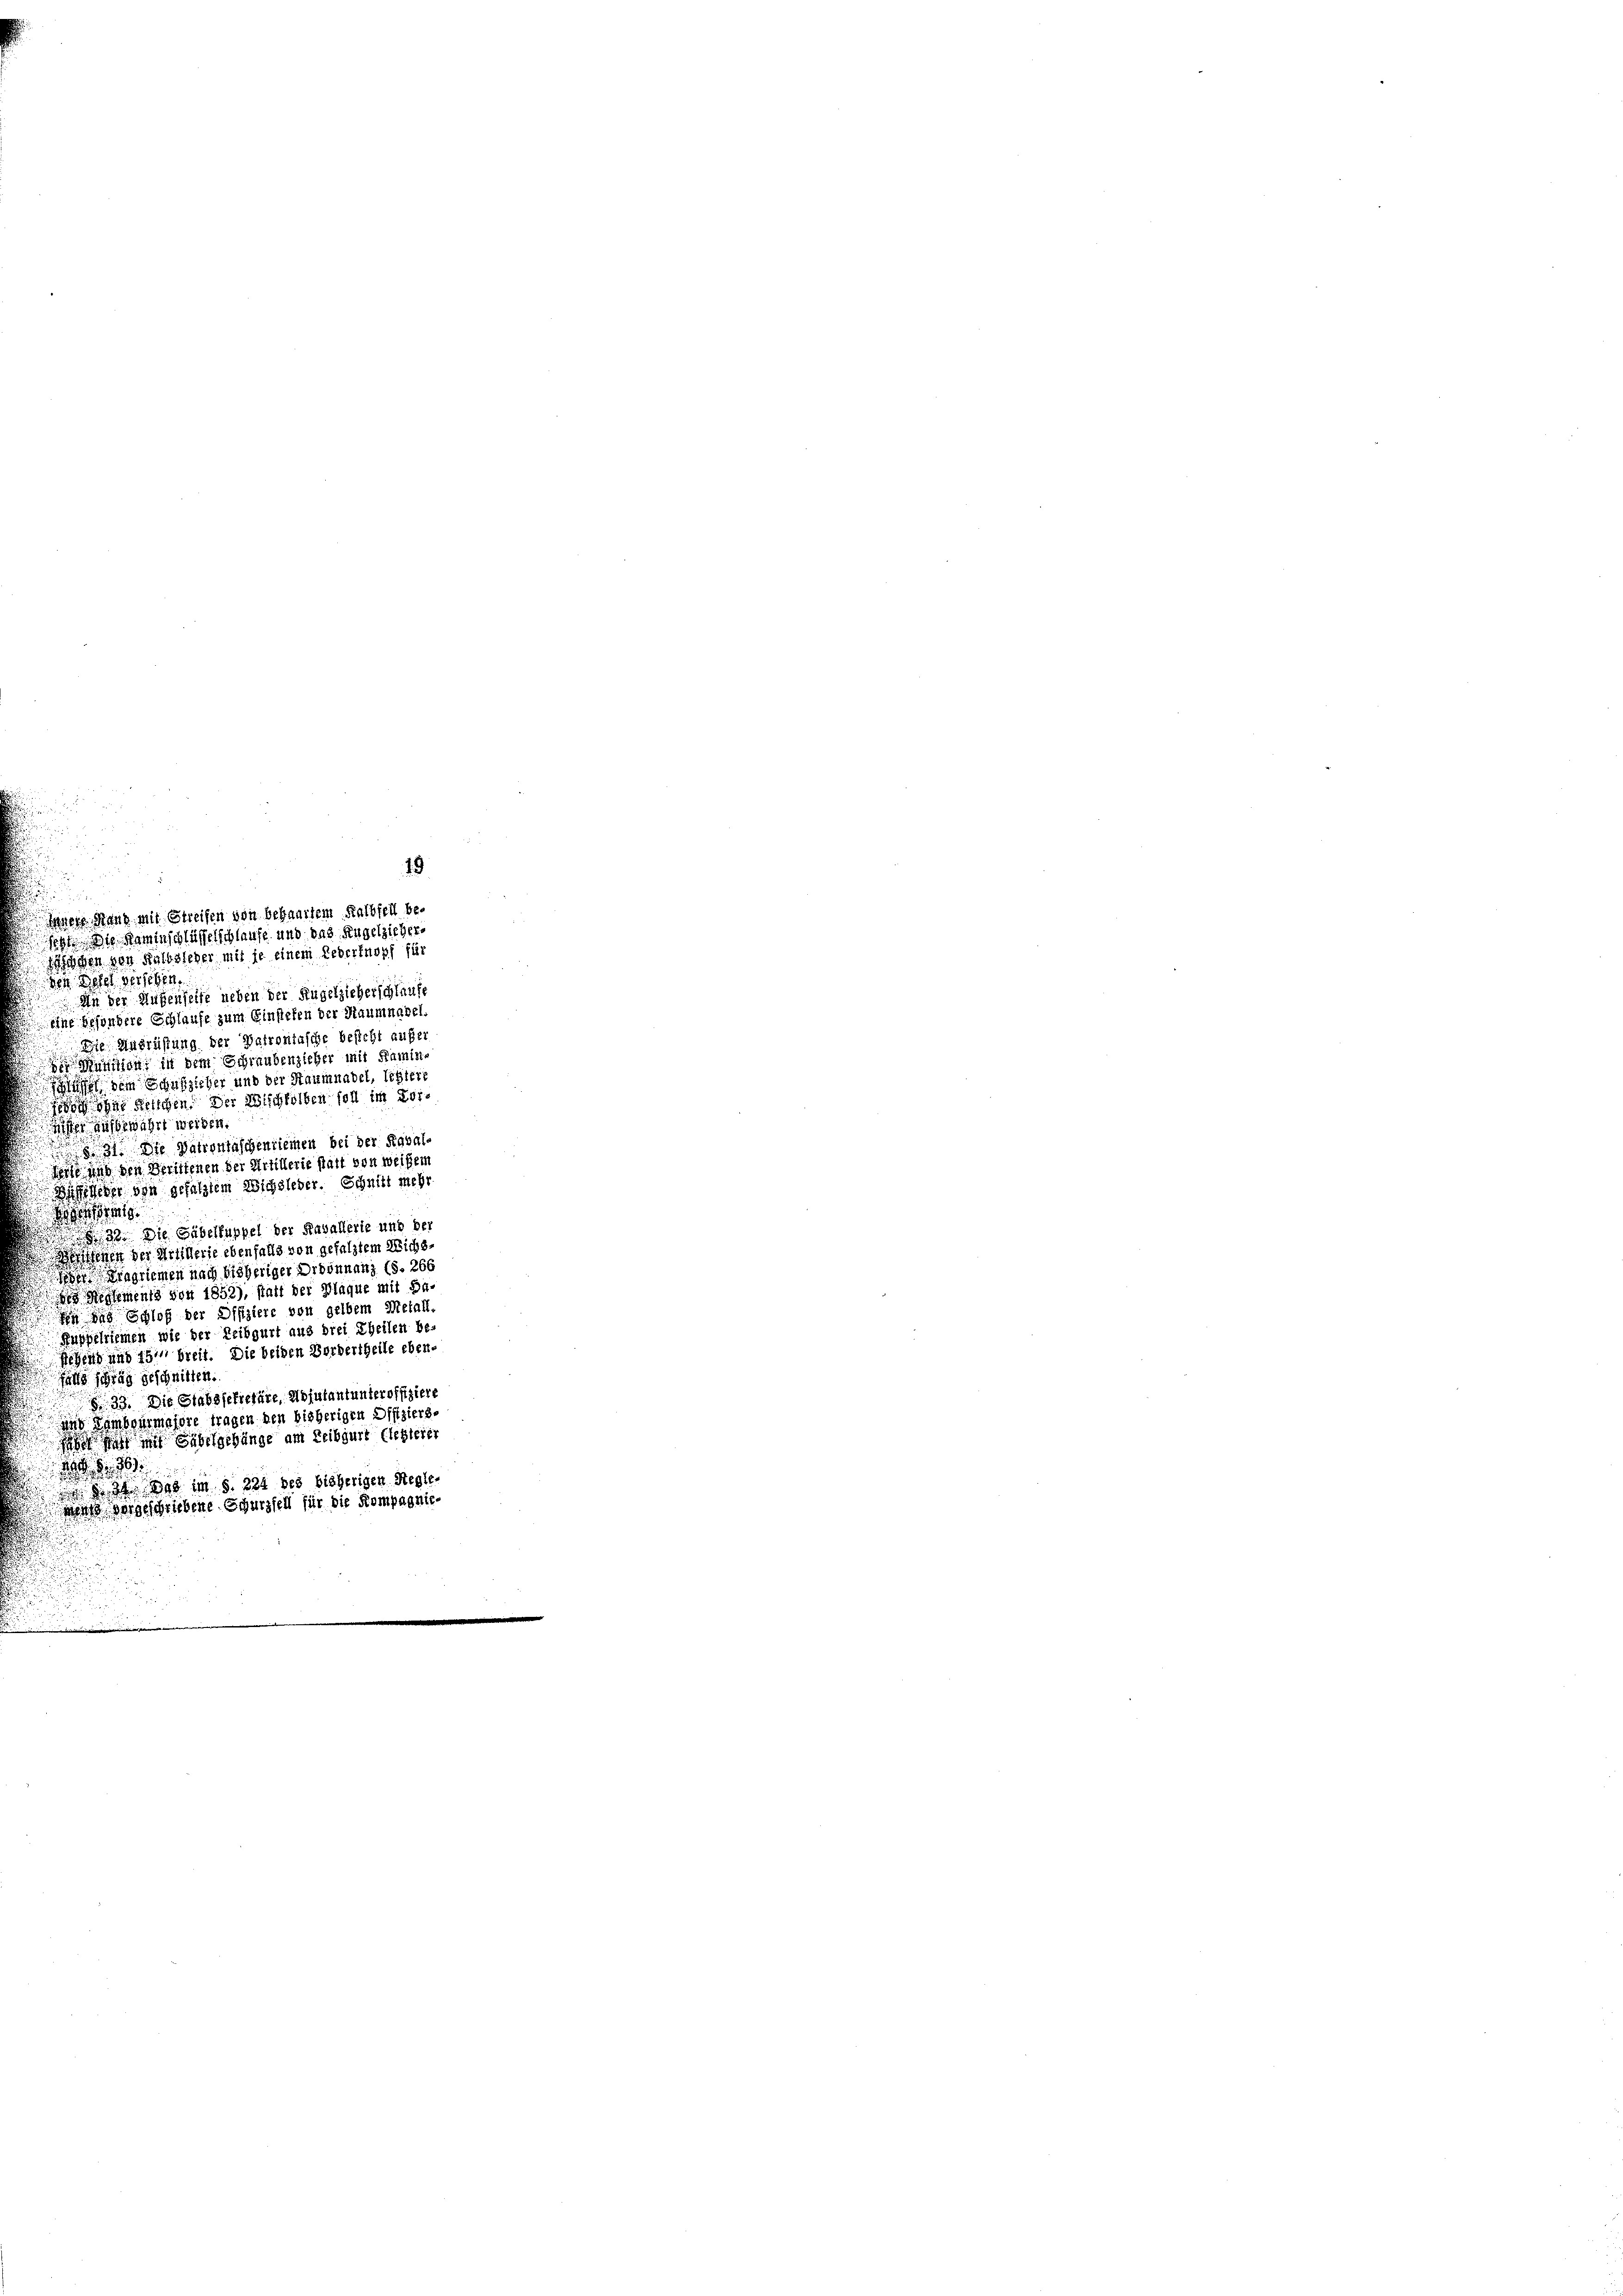
.

hchen von Kalbsieber mit je einem Ledertnopf für
den Bett versehen
An der Augenseise neben der Kugelzieherschlaufe
eine besondere Schlaufe zum Einstehen der Raumnabel.
Die Ausrüstung der Patrontasche besicht außer
Mannen, in dem Schraubenzieher mit Kamin
ufet dem Schulzieher und der Staumnadel, legiere
 Relichen. Der Wischfelben soll im Koris ausgewährt werden.
831. Die Patrontäschentiemen bei der Reval,
d und den Berittenen der Artillerie statt von weißem
Siffiger von gefalztem Wichsleder. Schnitt mehr
eat.
33. Die Gabelhuppel der Kavallerie und der
fenen der Artillerie ebenfalls von gefalztem Wichs-
eragriemen nach bisheriger Ordonnanz (S. 266
 Nehments von 1852), statt der Wlaque mit da
  Schloß der Difiziere von gelbem Metall
üppelriemen wie der Leibgurt aus drei Theilen be-
stehend und 15t breit. Die beiden Bordertheile eben-
satts schräg geschnitten
§ 33. Die Stabssekretäre, Adjutantunteroffiziere
ung Zamboimajore tragen den bisherigen Offiziers-
 m Säbelgehänge am Leibgurt (leglerer
2 1890
de des Das im §. 224 des bisherigen Regle-
mens vorgeschriebene Schurzfell für die Kompagnie-

Sanen Hand mit Streifen von behaartem Rathseil beseht die Kaminschlüssenschlaufe und das Angelzieher¬

19